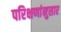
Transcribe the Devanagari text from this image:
परिक्षणांनुसार